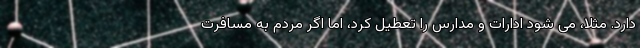
دارد. مثلا، می شود ادارات و مدارس را تعطیل کرد، اما اگر مردم به مسافرت